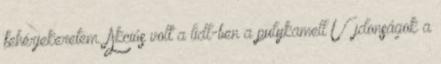
fehérjekeretem. Akciós volt a lidl-ben a pulykamell Újdonságok a